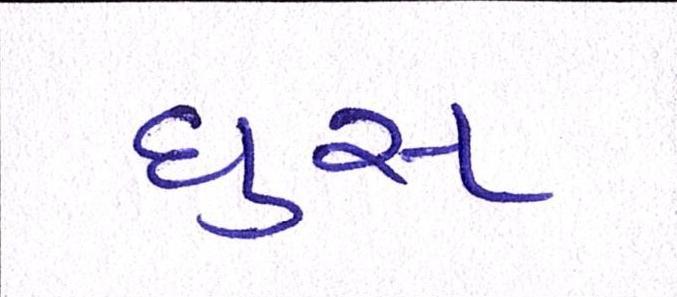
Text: ઘુસ